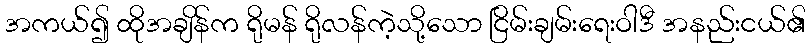
အကယ်၍ ထိုအချိန်က ရိုမန် ရိုလန်ကဲ့သို့သော ငြိမ်းချမ်းရေးဝါဒီ အနည်းငယ်၏